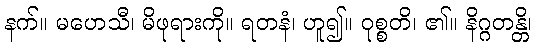
နက်။ မဟေသီ၊ မိဖုရားကို။ ရတနံ၊ ဟူ၍။ ဝုစ္စတိ၊ ၏။ နိဂ္ဂတန္တိ၊